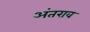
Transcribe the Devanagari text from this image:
अंतराव